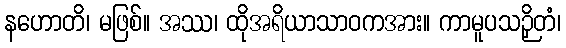
နဟောတိ၊ မဖြစ်။ အဿ၊ ထိုအရိယာသာဝကအား။ ကာမူပသဉှိတံ၊